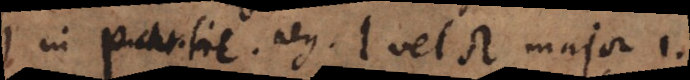
ne partic. neg. l vel λ major 1.